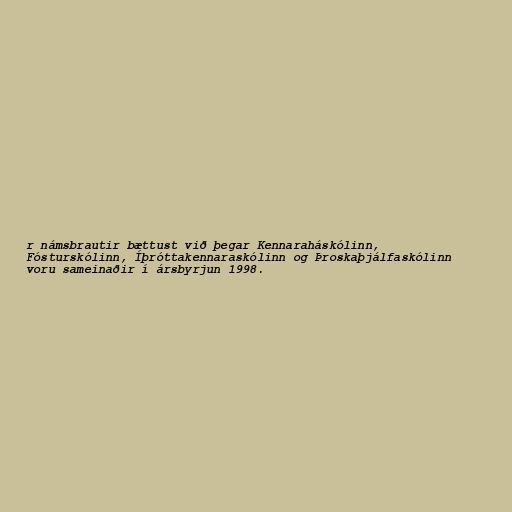
r námsbrautir bættust við þegar Kennaraháskólinn,
Fósturskólinn, Íþróttakennaraskólinn og Þroskaþjálfaskólinn
voru sameinaðir í ársbyrjun 1998.